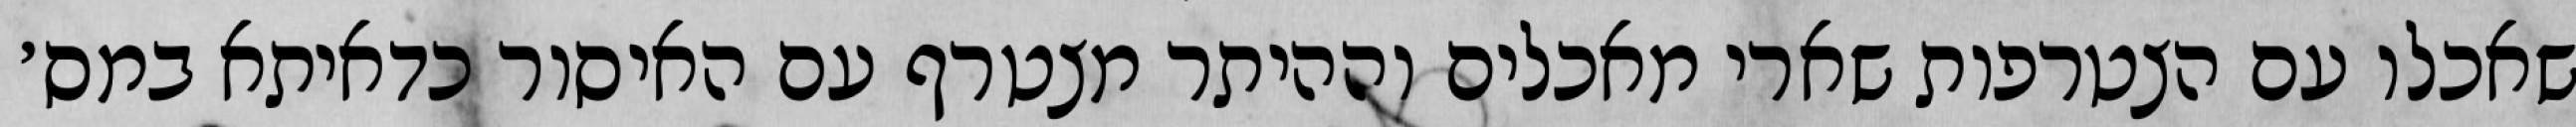
שאכלו עם הצטרפות שארי מאכלים וההיתר מצטרף עם האיסור כדאיתא במס׳